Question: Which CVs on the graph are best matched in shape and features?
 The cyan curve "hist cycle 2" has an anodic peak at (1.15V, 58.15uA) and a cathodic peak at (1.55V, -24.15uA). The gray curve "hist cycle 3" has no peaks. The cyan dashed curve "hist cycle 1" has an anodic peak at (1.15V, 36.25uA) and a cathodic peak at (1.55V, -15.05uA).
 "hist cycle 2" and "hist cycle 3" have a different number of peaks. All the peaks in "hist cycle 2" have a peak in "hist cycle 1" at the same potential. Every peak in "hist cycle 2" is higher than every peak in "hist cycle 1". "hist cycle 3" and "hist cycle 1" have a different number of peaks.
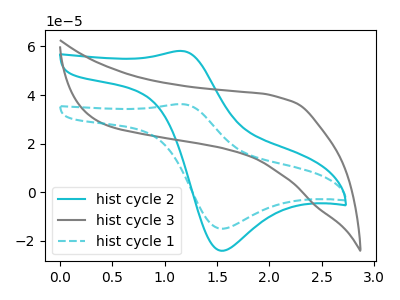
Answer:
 <answer>"hist cycle 2" and "hist cycle 1" have the same shape and are likely CV's of the same chemical.</answer>
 <eval>"hist cycle 2" "hist cycle 1"</eval>